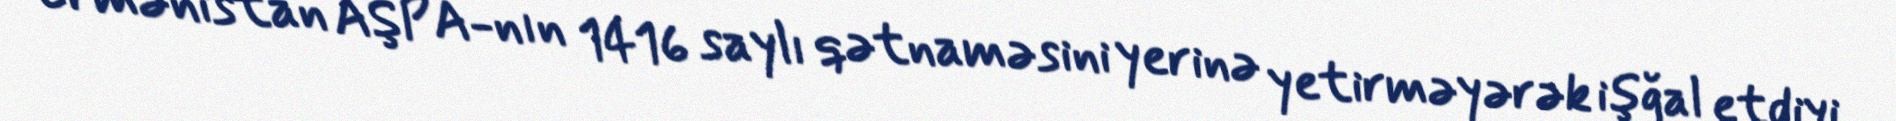
Ermənistan AŞPA-nın 1416 saylı qətnaməsini yerinə yetirməyərək işğal etdiyi